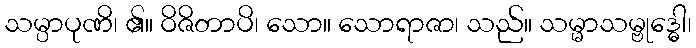
သမ္ပာပုဏိ၊ ၏။ ဝိဇိတာပိ၊ သော။ သောရာဇာ၊ သည်။ သမ္မာသမ္ဗုဒ္ဓေါ၊